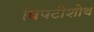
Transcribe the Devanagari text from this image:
विपटीशोथ